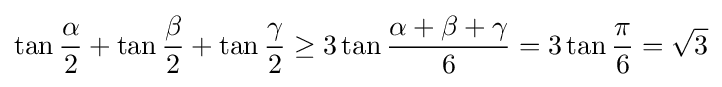
\tan {\frac {\alpha }{2}}+\tan {\frac {\beta }{2}}+\tan {\frac {\gamma }{2}}\geq 3\tan {\frac {\alpha +\beta +\gamma }{6}}=3\tan {\frac {\pi }{6}}={\sqrt {3}}